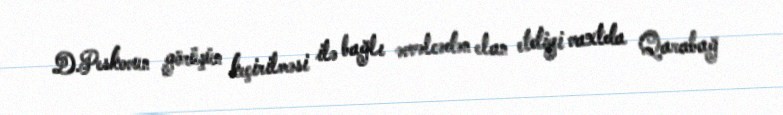
D.Peskovun görüşün keçirilməsi ilə bağlı əvvəlcədən elan etdiyi vaxtda Qarabağ